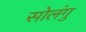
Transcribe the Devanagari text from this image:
सोलंगु